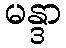
မန္ဒာ